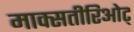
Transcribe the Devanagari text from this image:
माक्सतीरिओट्